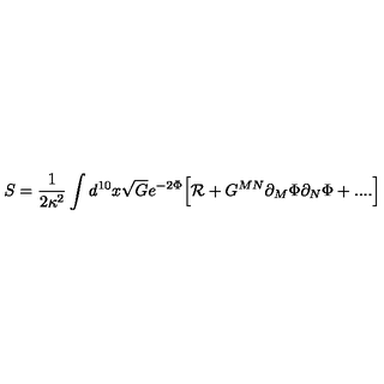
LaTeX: S = { \frac { 1 } { 2 \kappa ^ { 2 } } } \int d ^ { 1 0 } x \sqrt { G } e ^ { - 2 \Phi } \Big [ { \cal R } + G ^ { M N } \partial _ { M } \Phi \partial _ { N } \Phi + . . . . \Big ]